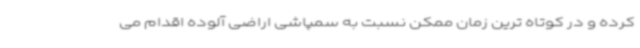
کرده و در کوتاه ترین زمان ممکن نسبت به سمپاشی اراضی آلوده اقدام می